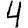
Digit: 4